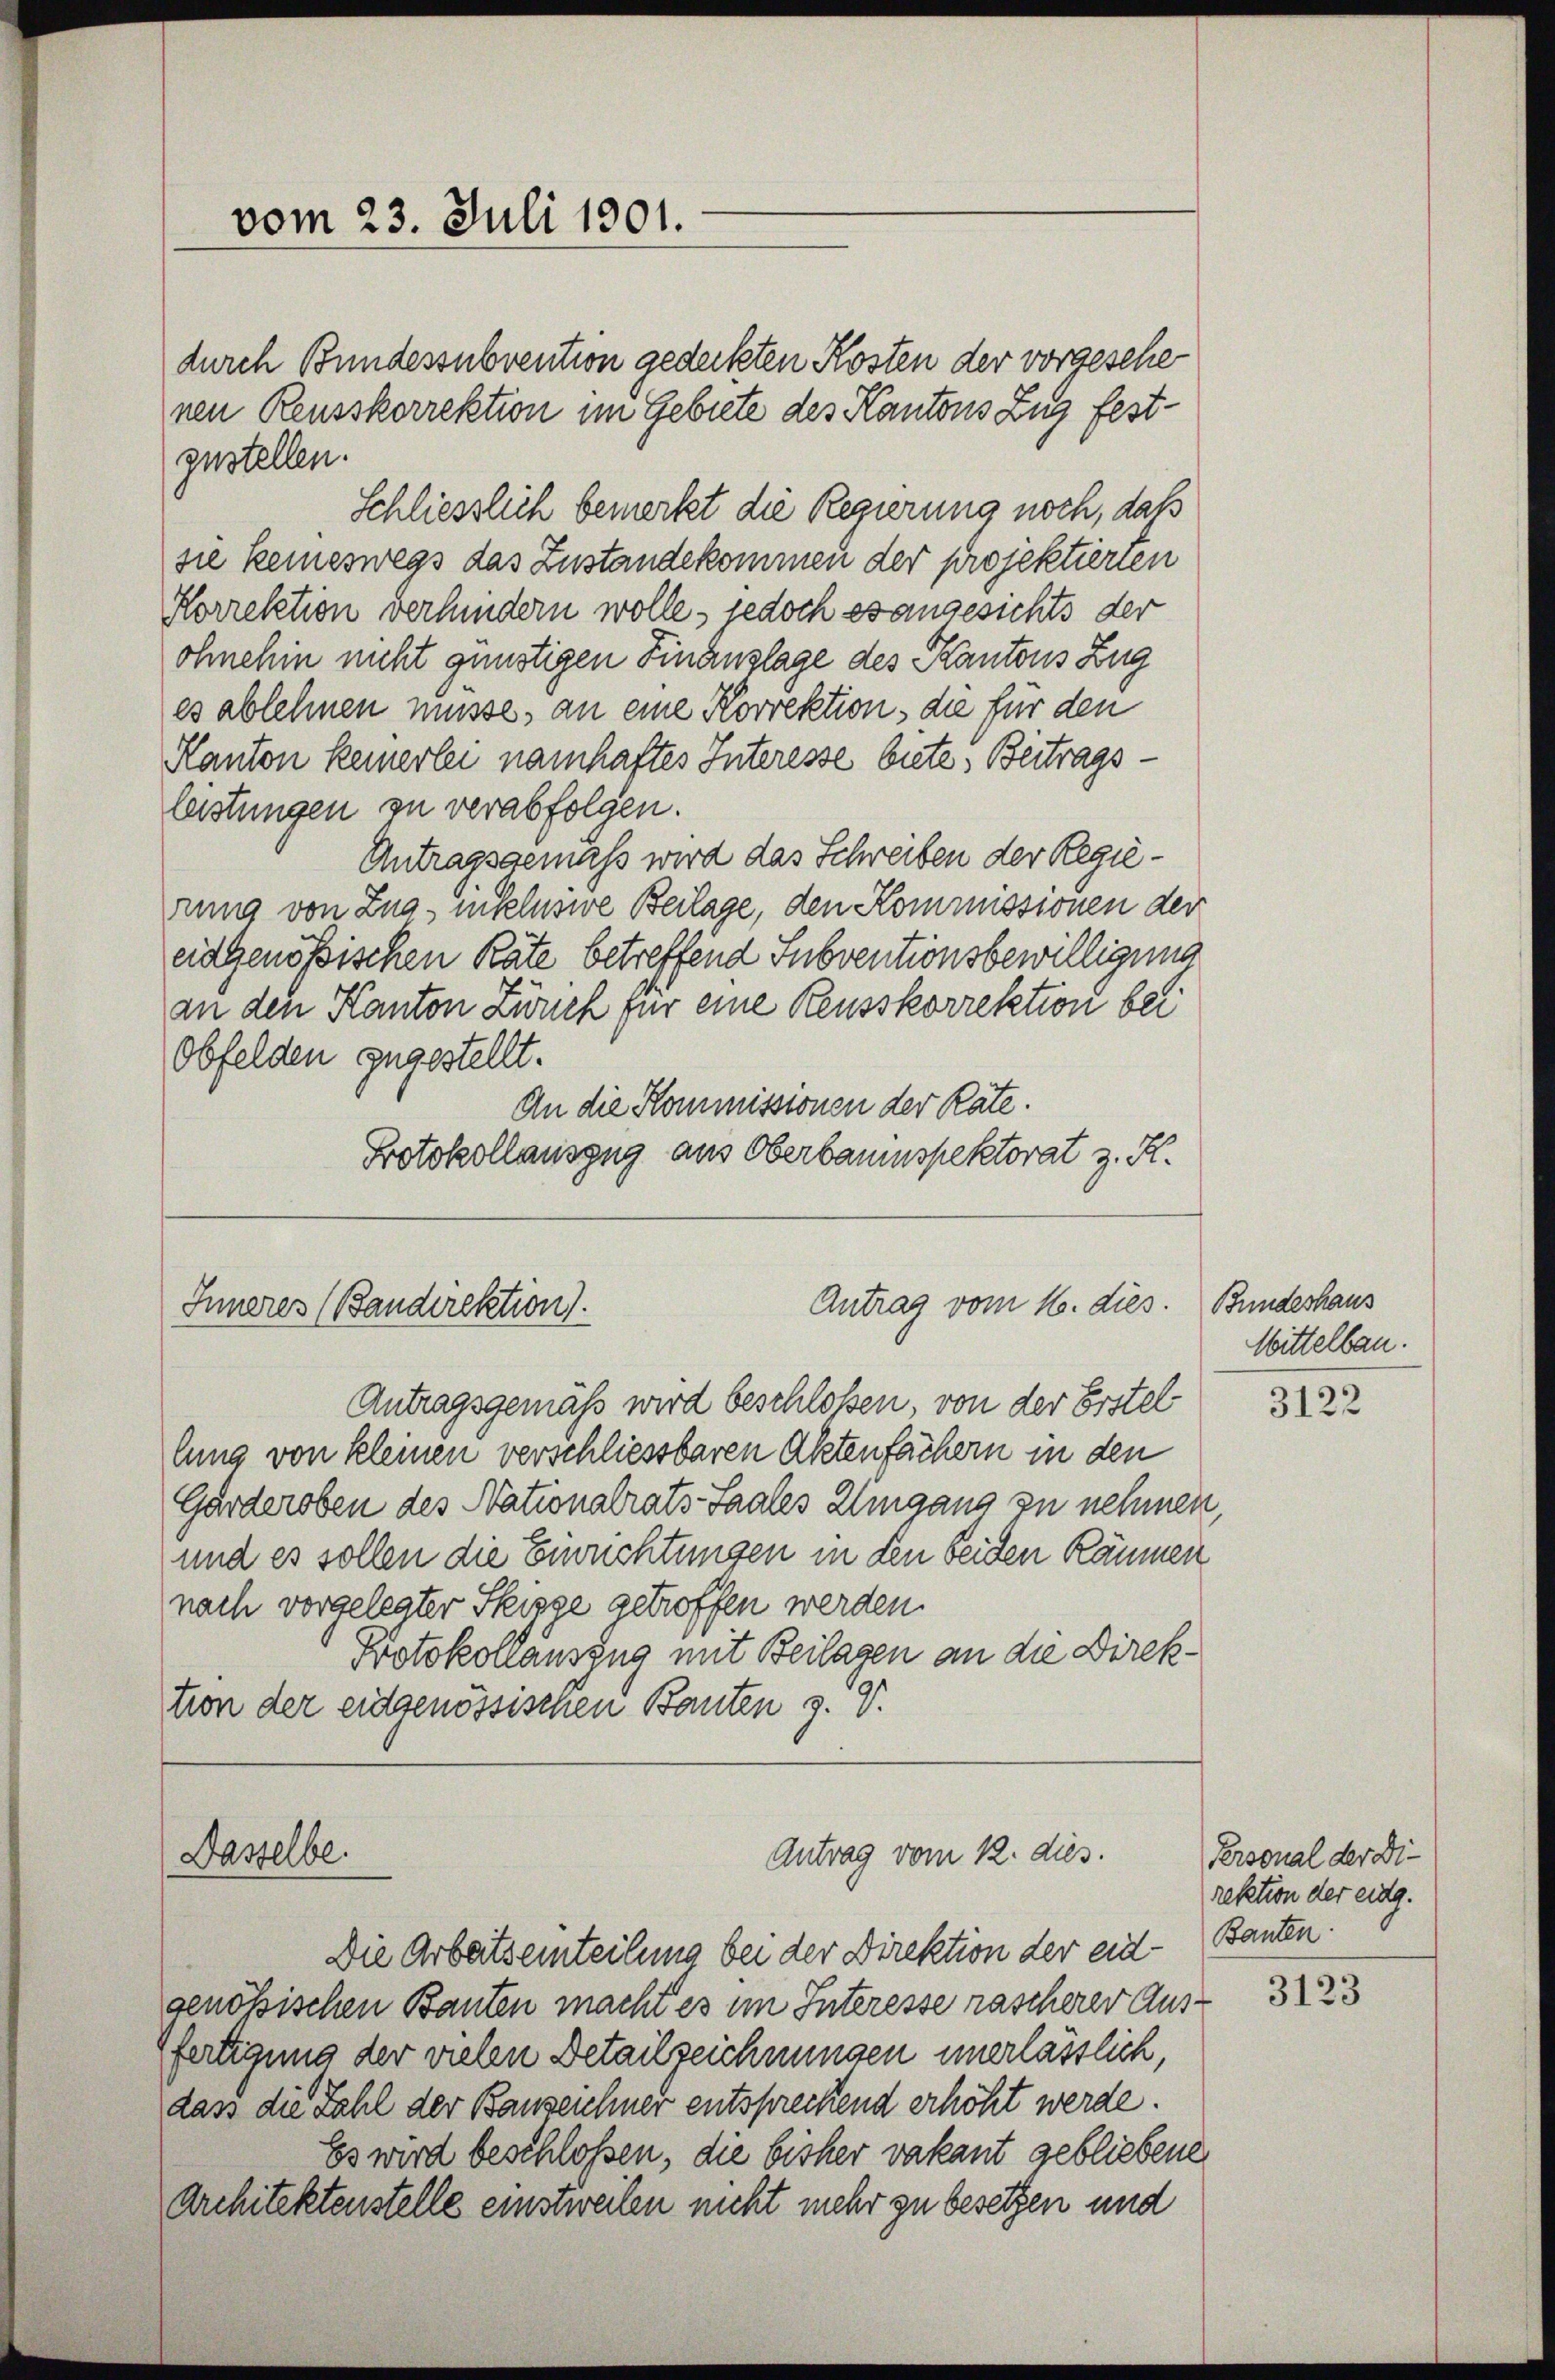
vom 23. Juli 1901.

durch Bundessubvention gedeckten Kosten der vorgesehenen Reusskorrektion im Gebiete des Kantonsang festzustellen.
Schliesslich bemerkt die Regierung noch, daß
sie keineswegs das Zustandekommen der projektierten
Korrektion verhindern wolle, jedoch es angesichts der
ohnehin nicht günstigen Finanzlage des Kantons Zug
es ablehnen müsse, an eine Korrektion, die für den
Kanton keinerlei namhaftes Interesse biete. Beitragsleistungen zu verabfolgen.
Antragsgemäß wird das Schreiben der Regierung von Zug, inklusive Beilage, den Kommissionen der
eidgenössischen Räte betreffend Subventionsbewilligung
an den Kanton Zürich für eine Reusskorrektion bei
Obfelden zugestellt.
An die Kommissionen der Rate.
Protokollauszug aus Oberbaumspektorat z. R.

Inneres (Bandirektion).

Dasselbe.

Antrag vom 12. dies.

Antrag vom 16. dies.

Antragsgemäß wird beschloßen, von der Erstel
lung von kleinen verschliessbaren Aktenfächern in den
Garderoben des Nationalrats-Saales Eingang zu nehmen,
und es sollen die Einrichtungen in den beiden Räumen
nach vorgelegter Skige getroffen werden.
Protokollauszug mit Beilagen an die Direktion der eidgenössischen Bauten z. V.

Die Arbeitseinteilung bei der Direktion der eid-
senössischen Bauten macht es im Interesse rascherer Ausfertigung der vielen Detailzeichnungen unerlässlich,
dass die Zahl der Banzeichner entsprechend erhöht werde.
Es wird beschlossen, die bisher vakant gebliebene
Architektenstelle einstweilen nicht mehr zu besetzen und

Bundeshaus
Wittelbau.

3122

Personal der Direktion der eidg.
Banten:

3123